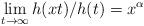
LaTeX: \begin{align*}\lim_{t\to\infty}h(xt)/h(t)=x^{\alpha} \end{align*}